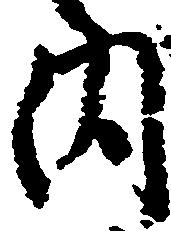
内